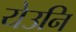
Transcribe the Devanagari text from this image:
येउनि